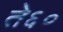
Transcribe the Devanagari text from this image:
ते६०